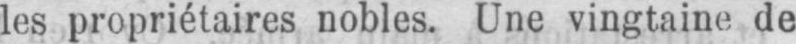
les propriétaires nobles. Une vingtaine de